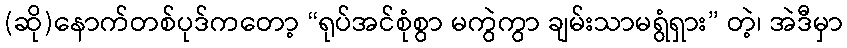
(ဆို)နောက်တစ်ပုဒ်ကတော့ “ရုပ်အင်စုံစွာ မကွဲကွာ ချမ်းသာမရွံရှား” တဲ့၊ အဲဒီမှာ